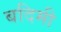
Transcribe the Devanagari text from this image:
बदिमी